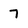
Character: 7